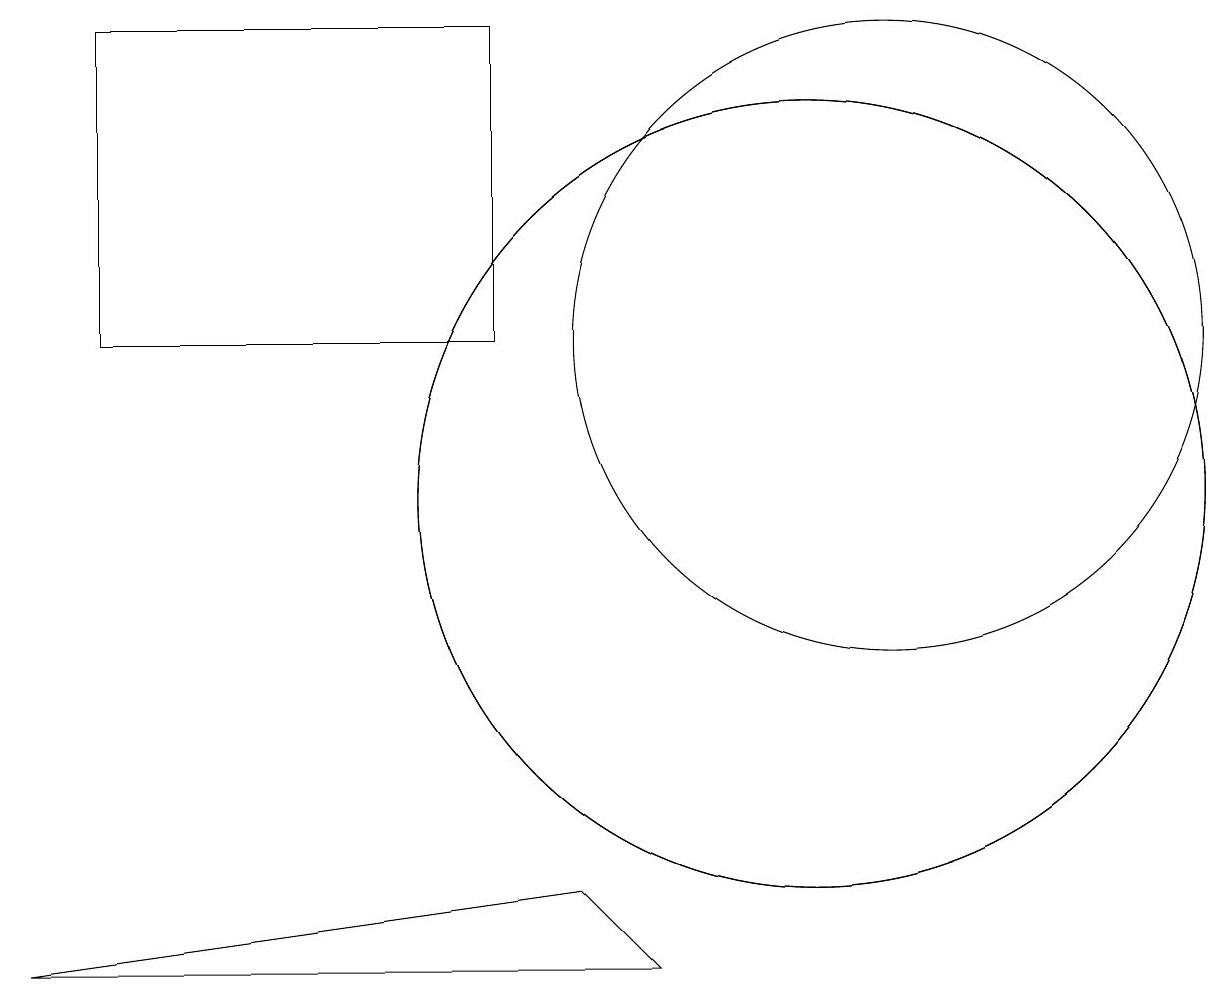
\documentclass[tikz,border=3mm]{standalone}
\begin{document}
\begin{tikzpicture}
\draw (10,10) circle (5);
\draw (1,16) rectangle (6,12);
\draw (11,12) circle (4);
\draw (8,4) -- (7,5) -- (0,4) -- cycle;
\draw (10,10) circle (5);
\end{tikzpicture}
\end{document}